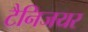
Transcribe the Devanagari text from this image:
टैनिजयर